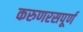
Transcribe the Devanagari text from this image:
करुणरसपूर्ण